Sanitation, dispensaries and jails vaccination Rajputana 1922-1927 - 1922-1927
Year: 1922
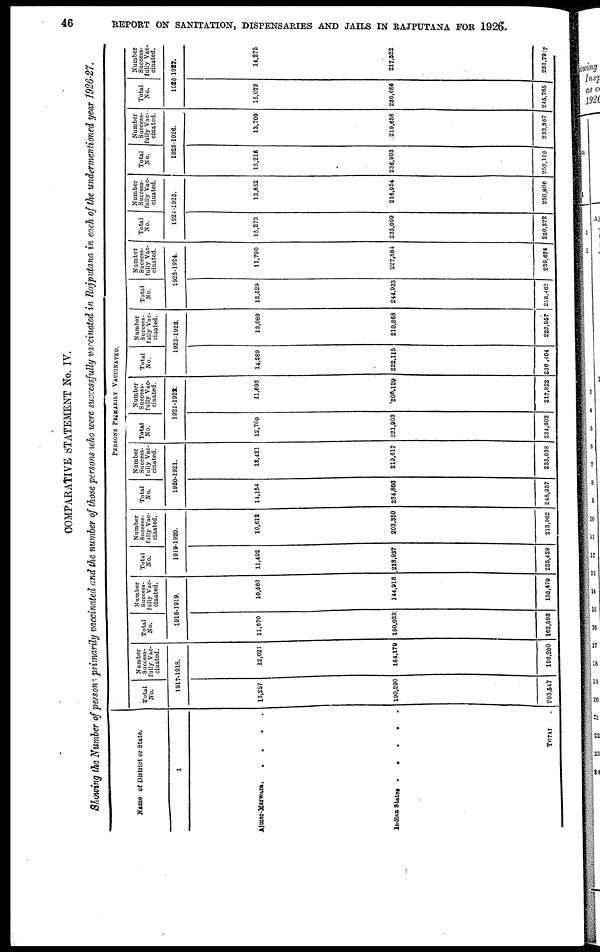
46
REPORT ON SANITATION, DISPENSARIES AND JAILS IN RAJPUTANA FOR 1926.
COMPARATIVE STATEMENT No. IV.
Showing the Number of persons primarily vaccinated and the number of those persons who were successfully vaccinated in Rajputana in each of the undermentioned year 1926-27
Name of District or State.
1
Ajmer-Merwara
Indian States
.....
TOTAL .
PERSONS PRIMARILY VACCINATED.
Total
No.
Number
Success-
fully Vac-
cinated.
1917-1918.
13,257
190,290
203,547
12,021
184,179
196,200
Total
No.
Number
Success-
fully Vac-
cinated.
1918-1919.
11,670
150,923
162,593
10,563
144,916
155,479
Total
No.
Number
Success-
fully Vac-
cinated.
1919-1920.
11,492
213,937
225,429
10,612
203,350
213,962
Total
No.
Number
Success-
fully Vac-
cinated.
1920-1921.
14,154
234,803
248,957
13,421
219,617
233,038
Total
No.
Number
Success-
fully Vac-
cinated.
1921-1922.
12,700
221,903
234,603
11,693
206,129
217,822
Total
No.
Number
Success-
fully Vac-
cinated.
1922-1923.
14,289
222,115
236 ,404
13,089
210,868
223,957
Total
No.
Number
Success-
fully Vac-
cinated.
1923-1924.
13,529
244,933
258,462
11,790
227,884
239,674
Total
No.
Number
Success-
fully Vac-
cinated.
1924-1925.
15,273
235,099
250,372
13,852
216,954
230,806
Total
No.
Number
Success-
fully Vac-
cinated.
1925-1926.
15,216
236,903
252,119
13,709
219,658
233,367
Total
No.
Number
Success-
fully Vac-
cinated.
1926-1927.
15,079
230,686
245,765
14,275
217,522
231,7977